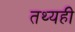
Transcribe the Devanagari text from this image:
तथ्यही